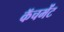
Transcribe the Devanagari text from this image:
कॅचमेंट